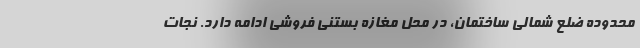
محدوده ضلع شمالی ساختمان، در محل مغازه بستنی فروشی ادامه دارد. نجات